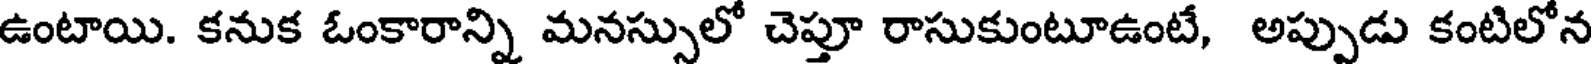
ఉంటాయి. కనుక ఓంకారాన్ని మనస్సులో చెప్తూ రాసుకుంటూఉంటే, అప్పుడు కంటిలోన